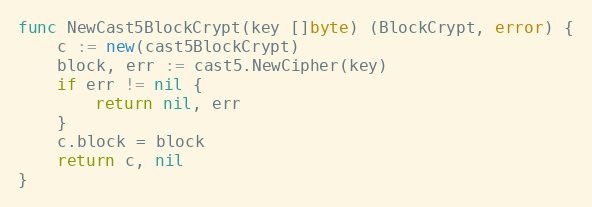
Language: Go
func NewCast5BlockCrypt(key []byte) (BlockCrypt, error) {
	c := new(cast5BlockCrypt)
	block, err := cast5.NewCipher(key)
	if err != nil {
		return nil, err
	}
	c.block = block
	return c, nil
}